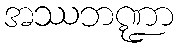
အဿဘဏ္ဍာ